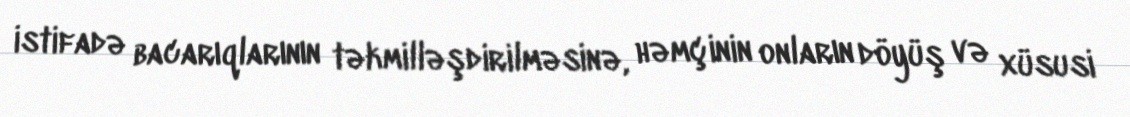
istifadə bacarıqlarının təkmilləşdirilməsinə, həmçinin onların döyüş və xüsusi